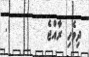
ދިވެހި ރާއްޖެ        .